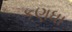
કણધા